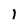
Character: 1